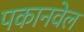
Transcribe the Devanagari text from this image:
पकानवेल